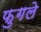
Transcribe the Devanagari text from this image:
फुगले